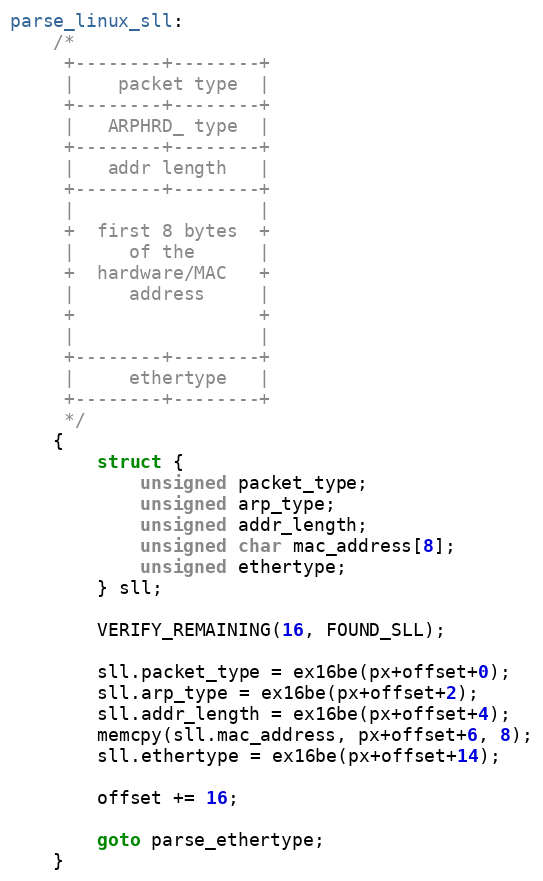
Language: C
parse_linux_sll:
    /*
     +--------+--------+
     |    packet type  |
     +--------+--------+
     |   ARPHRD_ type  |
     +--------+--------+
     |   addr length   |
     +--------+--------+
     |                 |
     +  first 8 bytes  +
     |     of the      |
     +  hardware/MAC   +
     |     address     |
     +                 +
     |                 |
     +--------+--------+
     |     ethertype   |
     +--------+--------+
     */
    {
        struct {
            unsigned packet_type;
            unsigned arp_type;
            unsigned addr_length;
            unsigned char mac_address[8];
            unsigned ethertype;
        } sll;

        VERIFY_REMAINING(16, FOUND_SLL);

        sll.packet_type = ex16be(px+offset+0);
        sll.arp_type = ex16be(px+offset+2);
        sll.addr_length = ex16be(px+offset+4);
        memcpy(sll.mac_address, px+offset+6, 8);
        sll.ethertype = ex16be(px+offset+14);

        offset += 16;

        goto parse_ethertype;
    }